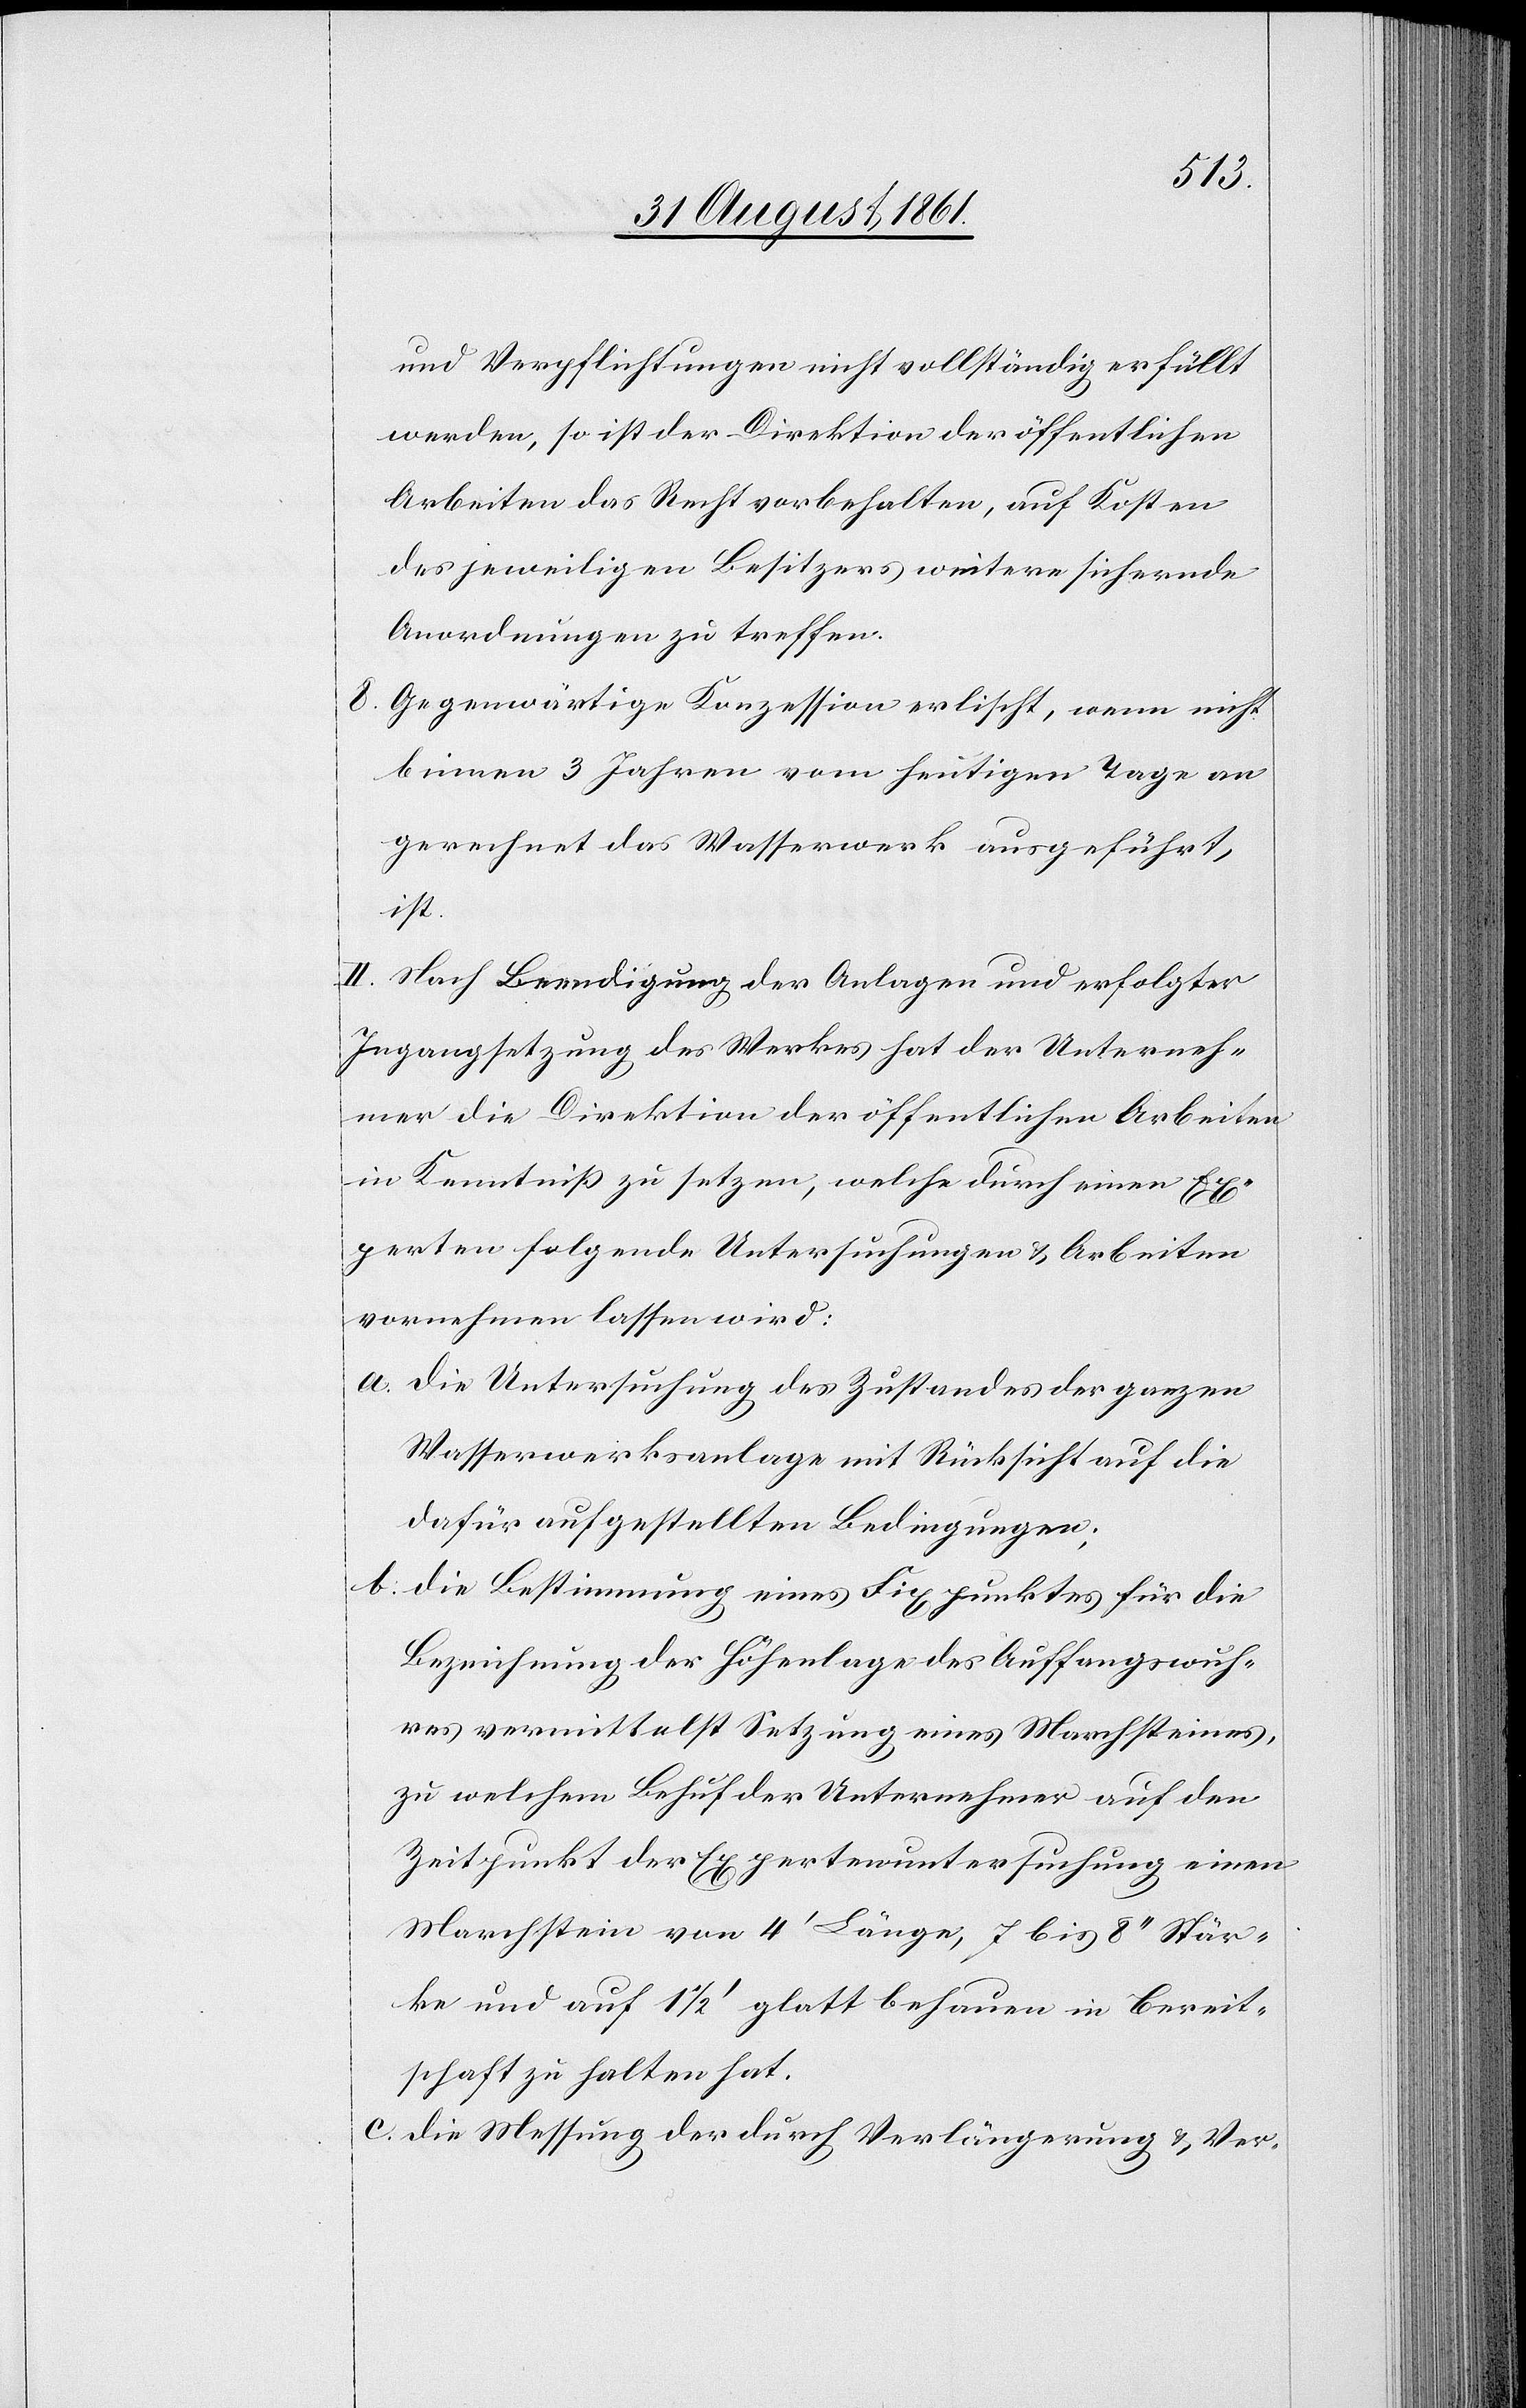
und Verpflichtungen nicht vollständig erfüllt
werden, so ist der Direktion der öffentlichen
Arbeiten das Recht vorbehalten, auf Kosten
des jeweiligen Besitzers weitere sichernde
Anordnungen zu treffen.
8. Gegenwärtige Konzession erlischt, wenn nicht
binnen 3 Jahren vom heutigen Tage an
gerechnet das Wasserwerk ausgeführt
ist.
II. Nach Beendigung der Anlagen und erfolgter
Ingangsetzung des Werkes hat der Unterneh¬
mer die Direktion der öffentlichen Arbeiten
in Kenntniß zu setzen, welche durch einen Ex¬
perten folgende Untersuchungen u. Arbeiten
vornehmen lassen wird.
a. die Untersuchung des Zustandes der ganzen
Wasserwerksanlage mit Rücksicht auf die
dafür aufgestellten Bedingungen;
b. die Bestimmung eines Fixpunktes für die
Bezeichnung der Höhenanlage des Auffangswuh¬
res vermittelst Setzung eines Marchsteines,
zu welchem Behuf der Unternehmer auf den
Zeitpunkt der Expertenuntersuchung einen
Marchstein von 4‘ Länge, 7 bis 8‘‘ Stär¬
ke und auf 1 1/2‘ glatt behauen in Bereit¬
schaft zu halten hat.
c. die Messung der durch Verlängerung u. Ver-